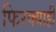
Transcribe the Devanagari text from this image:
फिरक्याही